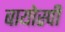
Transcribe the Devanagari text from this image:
बायोस्पी